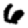
Digit: 6